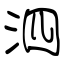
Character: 泗